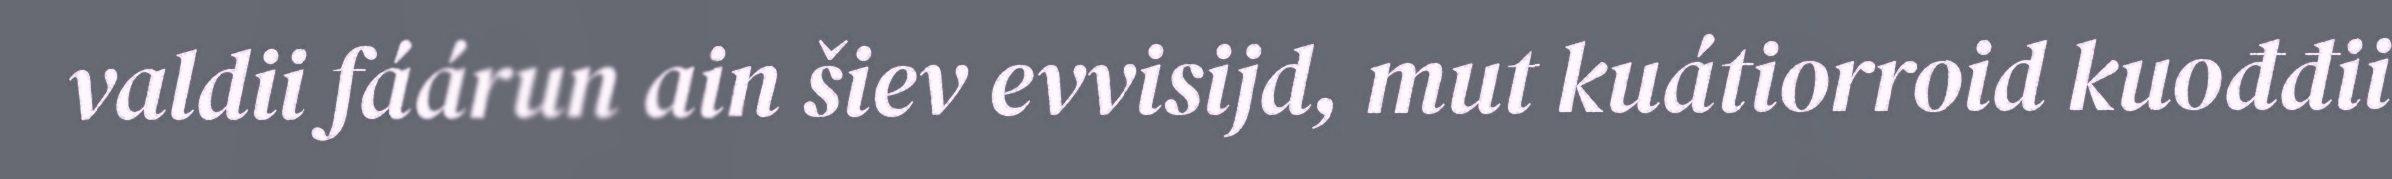
valdii fáárun ain šiev evvisijd, mut kuátiorroid kuođđii